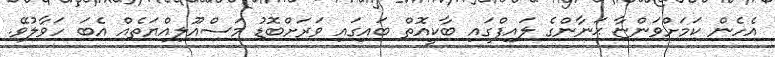
އެހެން ކަމަށްވަންޏާ ޙަނާންގެ ލައިފްގައި ބާކީއޮތް ބައިގައި ވަރަށްބޮޑު މަސްއޫލިއްޔަތެއް އެބަ ހަވާލުވޭ.